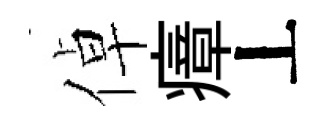
倬瘴丄